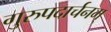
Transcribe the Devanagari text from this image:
गुरुपदार्चनम्